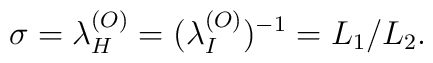
\sigma = \lambda_H^{(O)} = (\lambda_I^{(O)})^{-1}  = L_1/L_2.